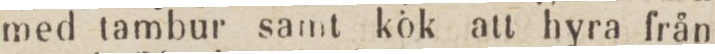
med tambur samt kök att hyra från